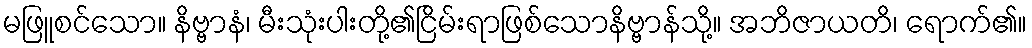
မဖြူစင်သော။ နိဗ္ဗာနံ၊ မီးသုံးပါးတို့၏ငြိမ်းရာဖြစ်သောနိဗ္ဗာန်သို့။ အဘိဇာယတိ၊ ရောက်၏။